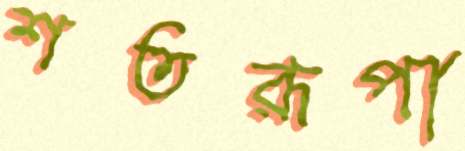
শতরূপা